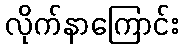
လိုက်နာကြောင်း